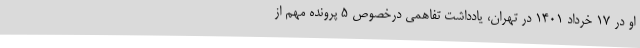
او در ۱۷ خرداد ۱۴۰۱ در تهران، یادداشت تفاهمی درخصوص ۵ پرونده مهم از